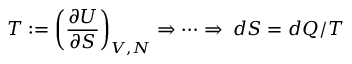
T : = \left( { \frac { \partial U } { \partial S } } \right) _ { V , N } \Rightarrow \cdots \Rightarrow \; d S = d Q / T